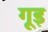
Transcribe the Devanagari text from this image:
गूड़